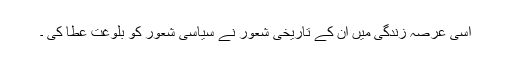
اسی عرصۂ زندگی میں ان کے تاریخی شعور نے سیاسی شعور کو بلوغت عطا کی ۔